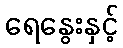
ရေနွေးနှင့်